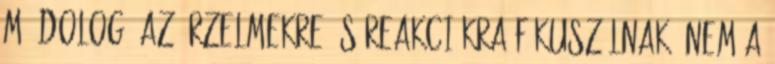
mű dolog, az érzelmekre és reakciókra fókuszálnak, nem a